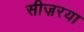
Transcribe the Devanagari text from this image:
सीज़रया